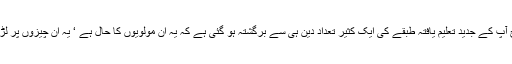
یہ کہ آج آپ کے جدید تعلیم یافتہ طبقے کی ایک کثیر تعداد دین ہی سے برگشتہ ہو گئی ہے کہ یہ ان مولویوں کا حال ہے ‘ یہ ان چیزوں پر لڑتے ہیں!